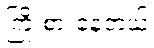
ကြိုးစားနေတယ်